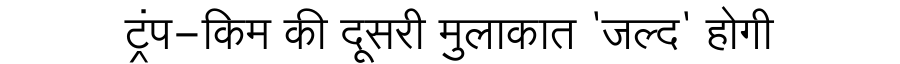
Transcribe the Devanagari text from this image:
ट्रंप-किम की दूसरी मुलाकात 'जल्द' होगी